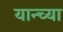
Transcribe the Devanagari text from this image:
यान्च्या